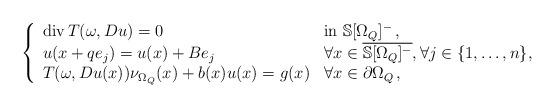
LaTeX: \begin{align*} \left \lbrace \begin{array}{ll} \mathrm{div}\, T(\omega, Du )= 0 & \mathrm{in}\ {\mathbb{S}} [\Omega_Q]^-\,, \\u(x+qe_j) =u(x) +Be_j& \textrm{$\forall x \in \overline{\mathbb{S}[\Omega_Q]^{-}}, \forall j\in \{1,\dots,n\}$}, \\T(\omega,Du(x))\nu_{\Omega_Q}(x)+ b(x)u(x)=g(x) & \textrm{$\forall x \in \partial \Omega_Q$}\,, \end{array} \right.\end{align*}